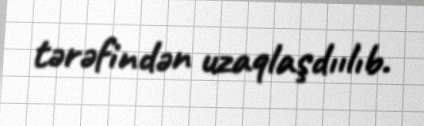
tərəfindən uzaqlaşdıılıb.